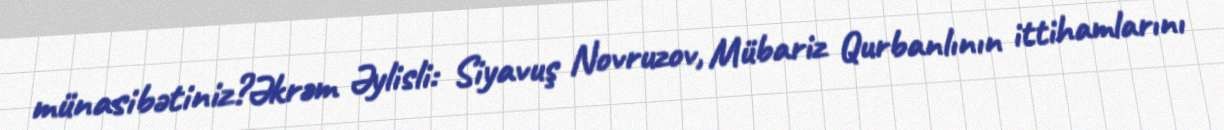
münasibətiniz?Əkrəm Əylisli: Siyavuş Novruzov, Mübariz Qurbanlının ittihamlarını